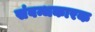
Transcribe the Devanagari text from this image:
संबन्धकारक